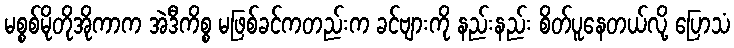
မစ္စစ်မိုတိုအိုကာက အဲဒီကိစ္စ မဖြစ်ခင်ကတည်းက ခင်ဗျားကို နည်းနည်း စိတ်ပူနေတယ်လို့ ပြောသံ